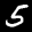
Label: 5